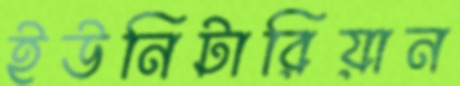
ইউনিটারিয়ান